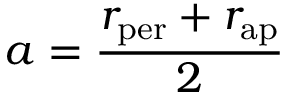
a = { \frac { r _ { \mathrm { p e r } } + r _ { \mathrm { a p } } } { 2 } }